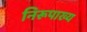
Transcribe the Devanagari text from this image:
निरूपाख्य